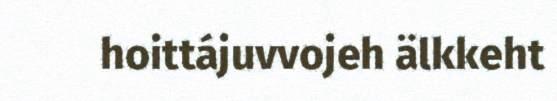
hoittájuvvojeh älkkeht